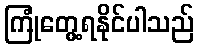
ကြုံတွေ့ရနိုင်ပါသည်